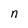
Character: n